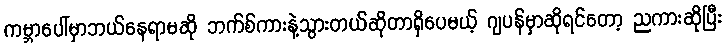
ကမ္ဘာပေါ်မှာဘယ်နေရာမဆို ဘက်စ်ကားနဲ့သွားတယ်ဆိုတာရှိပေမယ့် ဂျပန်မှာဆိုရင်တော့ ညကားဆိုပြီး